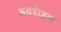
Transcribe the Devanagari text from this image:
अवरोहन